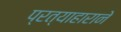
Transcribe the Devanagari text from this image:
प्रत्याहाराने